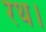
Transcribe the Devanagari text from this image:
रथ।